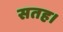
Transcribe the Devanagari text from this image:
सतह।